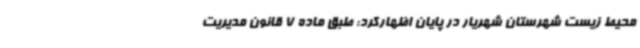
محیط زیست شهرستان شهریار در پایان اظهارکرد: طبق ماده 7 قانون مدیریت